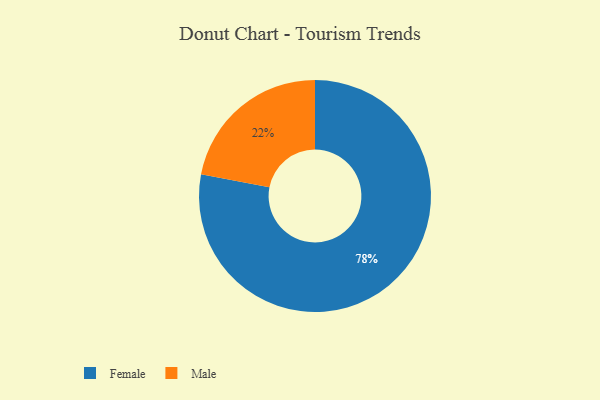
{"axis": {"x": "Category", "y": "Percentage"}, "legend": ["Female", "Male"], "data": [{"x": "Male", "y": 22, "type": "Male"}, {"x": "Female", "y": 78, "type": "Female"}]}